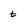
Character: t